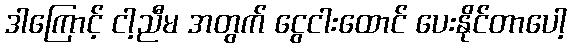
ဒါကြောင့် ငါ့ညီမ အတွက် ငွေငါးထောင် ပေးနိုင်တာပေါ့